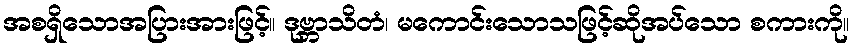
အစရှိသောအပြားအားဖြင့်။ ဒုဗ္ဘာသိတံ၊ မကောင်းသောသဖြင့်ဆိုအပ်သော စကားကို။